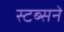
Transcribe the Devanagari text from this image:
स्टब्सने